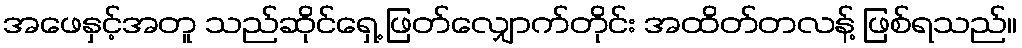
အဖေနှင့်အတူ သည်ဆိုင်ရှေ့ ဖြတ်လျှောက်တိုင်း အထိတ်တလန့် ဖြစ်ရသည်။